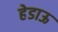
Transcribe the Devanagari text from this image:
हेडाऊ